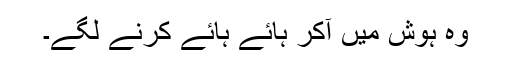
وہ ہوش میں آکر ہائے ہائے کرنے لگے۔